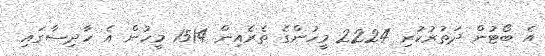
އެ ބޯޓުން ދަތުރުކުރި 2224 މީހުންގެ ތެރެއިން 1514 މީހުން އެ ހާދިސާގައި